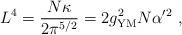
LaTeX: \begin{align*}\qquad L^4 = {N\kappa\over 2 \pi^{5/2}} = 2 g_{{\rm YM}}^2 N \alpha'^2\ ,\end{align*}